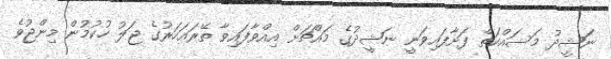
ނަޝީދު މަސައްކަތް ފަށާފައިވަނީ ނަޝީދުގެ މައްޗަށް އިއްވާފައިވާ ތޭރައަހަރުގެ ޖަލު ހުކުމުން މިންޖުވެ